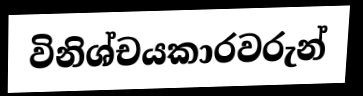
විනිශ්චයකාරවරුන්